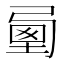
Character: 𡍯